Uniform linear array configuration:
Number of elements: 8
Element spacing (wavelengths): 0.75
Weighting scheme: kaiser
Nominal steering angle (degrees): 30
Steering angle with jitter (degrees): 30.764
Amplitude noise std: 0.05
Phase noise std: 0.05

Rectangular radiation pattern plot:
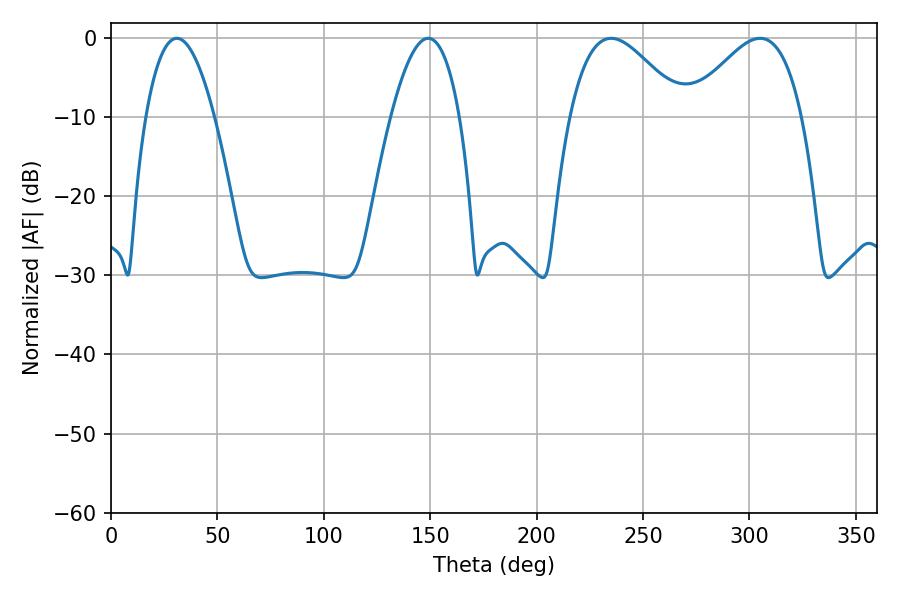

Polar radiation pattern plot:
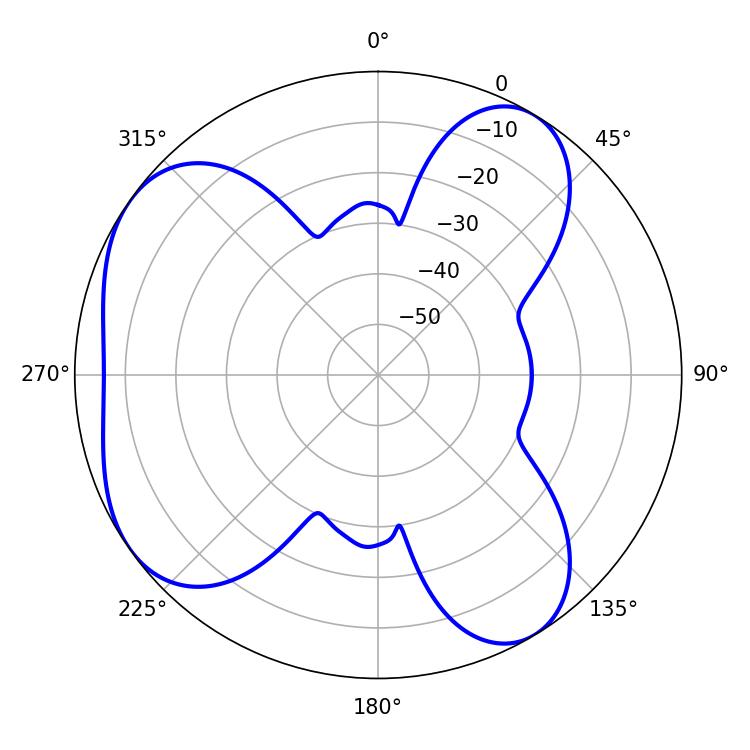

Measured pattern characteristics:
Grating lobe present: TRUE
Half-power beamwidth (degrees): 17.82
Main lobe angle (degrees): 30.96